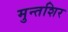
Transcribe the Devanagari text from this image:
मुन्तशिर